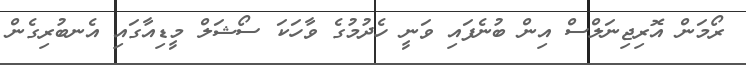
ރޯމަން އޮރިޖިނަލްސް އިން ބުނެފައި ވަނީ ހެދުމުގެ ވާހަކަ ސޯޝަލް މީޑިއާގައި އެނބުރިގެން